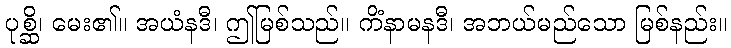
ပုစ္ဆိ၊ မေး၏။ အယံနဒီ၊ ဤမြစ်သည်။ ကိံနာမနဒီ၊ အဘယ်မည်သော မြစ်နည်း။